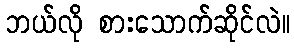
ဘယ်လို စားသောက်ဆိုင်လဲ။